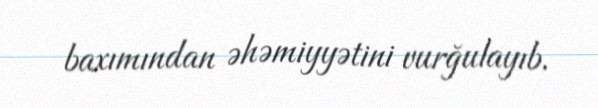
baxımından əhəmiyyətini vurğulayıb.